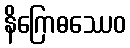
နိဂြောဓဿေဝ